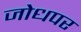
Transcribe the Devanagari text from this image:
जोधपर